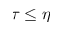
\tau \leq \eta